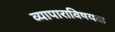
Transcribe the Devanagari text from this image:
व्यापाराविषयक